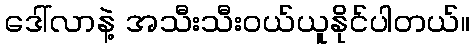
ဒေါ်လာနဲ့ အသီးသီးဝယ်ယူနိုင်ပါတယ်။